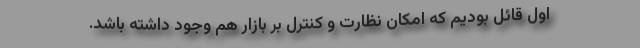
اول قائل بودیم که امکان نظارت و کنترل بر بازار هم وجود داشته باشد.